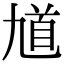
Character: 馗